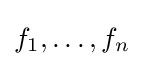
f_{1},\ldots ,f_{n}